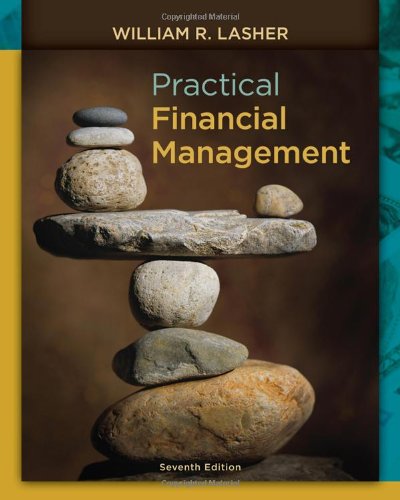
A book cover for Practical Financial Management (with Thomson ONE - Business School Edition 6-Month Printed Access Card); William R. Lasher; Business & Money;